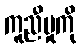
ကူညီမှုကို